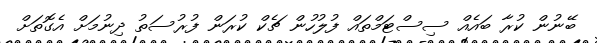
ބޭނުން ކުރާ ބައެއް ސިސްޓަމްތައް ފުލުހުން ޗެކް ކުރަން ފުރުސަތު ދިނުމަށް އެގޮތަށް